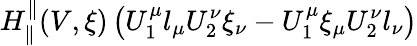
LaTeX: H_{\parallel}^{\parallel}(V,\xi)\left(U_{1}^{\mu}l_{\mu}U_{2}^{\nu}\xi_{\nu}-U_{1}^{\mu}\xi_{\mu}U_{2}^{\nu}l_{\nu}\right)